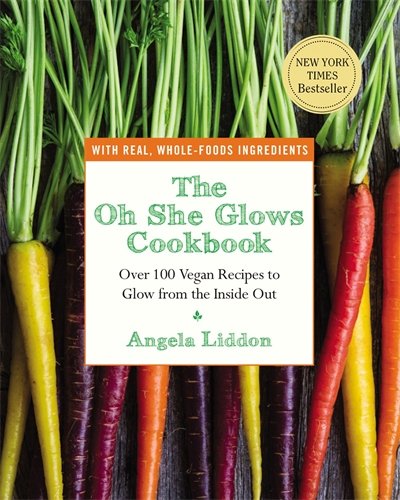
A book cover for The Oh She Glows Cookbook: Over 100 Vegan Recipes to Glow from the Inside Out; Angela Liddon; Cookbooks, Food & Wine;